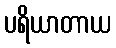
ပရိယာတာယ